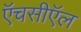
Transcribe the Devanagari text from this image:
ऍचसीऍल